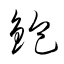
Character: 鉋